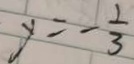
y = - \frac { 1 } { 3 }